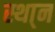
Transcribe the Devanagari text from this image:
स्था्न